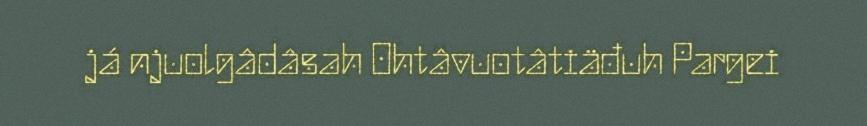
já njuolgâdâsah Ohtâvuotâtiäđuh Pargei